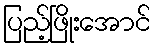
ပြည့်ဖြိုးအောင်